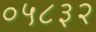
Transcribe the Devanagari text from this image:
०५८३२